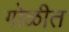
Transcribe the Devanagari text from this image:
गोळीत